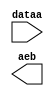
module compare_minstep (
	dataa,
	aeb);

	input	[27:0]  dataa;
	output	  aeb;

endmodule